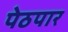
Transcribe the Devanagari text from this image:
पेठपार